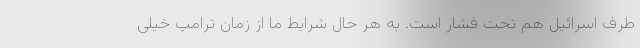
طرف اسرائیل هم تحت فشار است. به هر حال شرایط ما از زمان ترامپ خیلی